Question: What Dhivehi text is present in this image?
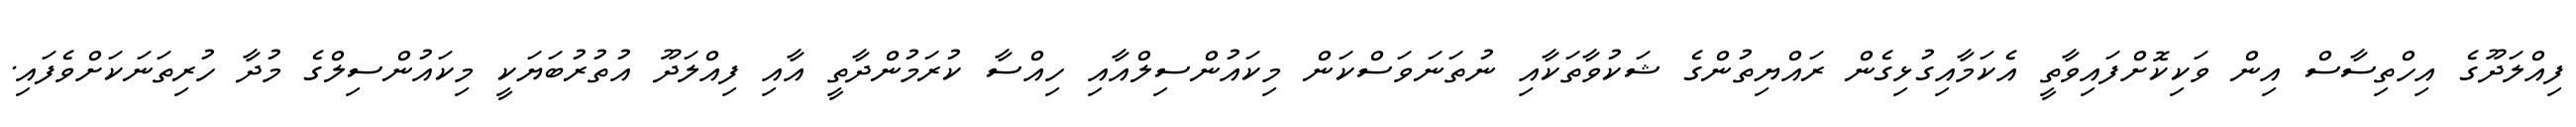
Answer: ފިއްލަދޫގެ އިހްތިސާސް އިން ވަކިކޮށްފައިވާތީ އެކަމާއިގުޅިގެން ރައްޔިތުންގެ ޝަކުވާތަކާއި ނުތަނަވަސްކަން މިކައުންސިލްއާއި ހިއްސާ ކުރަމުންދާތީ އާއި ފިއްލަދޫ އުތުރުބަޔަކީ މިކައުންސިލްގެ މުދާ ހުރިތަނަކަށްވެފައި.